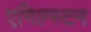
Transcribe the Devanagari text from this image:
एगिल्स्टन